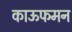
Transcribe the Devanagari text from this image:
काऊफमन